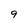
Character: 9